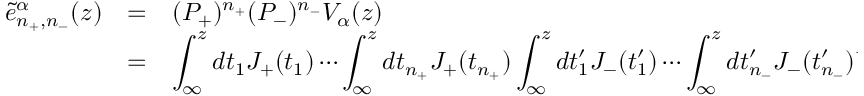
\begin{array} { r c l } { { \tilde { e } _ { n _ { + } , n _ { - } } ^ { \alpha } ( z ) } } & { { = } } & { { ( P _ { + } ) ^ { n _ { + } } ( P _ { - } ) ^ { n _ { - } } V _ { \alpha } ( z ) } } \\ { { } } & { { = } } & { { \displaystyle \int _ { \infty } ^ { z } d t _ { 1 } J _ { + } ( t _ { 1 } ) \cdots \int _ { \infty } ^ { z } d t _ { n _ { + } } J _ { + } ( t _ { n _ { + } } ) \int _ { \infty } ^ { z } d t _ { 1 } ^ { \prime } J _ { - } ( t _ { 1 } ^ { \prime } ) \cdots \int _ { \infty } ^ { z } d t _ { n _ { - } } ^ { \prime } J _ { - } ( t _ { n _ { - } } ^ { \prime } ) V _ { \alpha } ( z ) , } } \end{array}